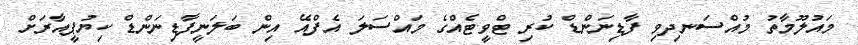
މައުލޫމާތު މުއްސަނދިވި ފާޑިނަންޑް ކުރި ޓްވީޓެއްގެ މައްސަލަ އެފްއޭ އިން ބަލަނީފާޑިނަންޑް ކިޔުޕީއާރަށް